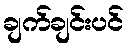
ချက်ချင်းပင်